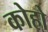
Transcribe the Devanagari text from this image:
कोहो